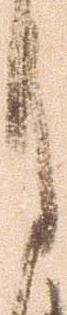
月